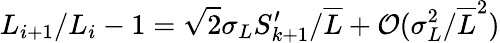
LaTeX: L_{i+1}/L_{i}-1=\sqrt{2}\sigma_{L}S_{k+1}^{\prime}/\overline{{L}}+\mathcal{O}(\sigma_{L}^{2}/\overline{{L}}^{2})